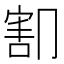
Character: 𰃫